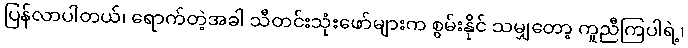
ပြန်လာပါတယ်၊ ရောက်တဲ့အခါ သီတင်းသုံးဖော်များက စွမ်းနိုင် သမျှတော့ ကူညီကြပါရဲ့၊